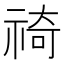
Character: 䄎